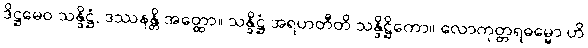
ဒိဋ္ဌမေဝ သန္ဒိဋ္ဌံ, ဒဿနန္တိ အတ္ထော။ သန္ဒိဋ္ဌံ အရဟတီတိ သန္ဒိဋ္ဌိကော။ လောကုတ္တရဓမ္မော ဟိ